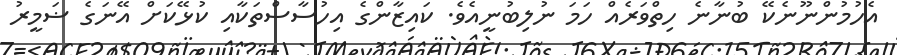
އެހުމުންނޫނެކޭ ބުނާނެ ހިތްވަރެއް ހަމަ ނުލިބުނީއެވެ. ކައިޒާންގެ އިހުސާސްތަކާއި ކުޅޭކަށް އޭނަގެ ޟަމީރު